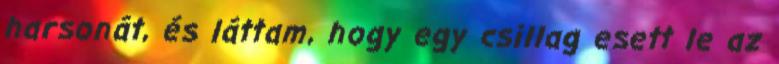
harsonát, és láttam, hogy egy csillag esett le az